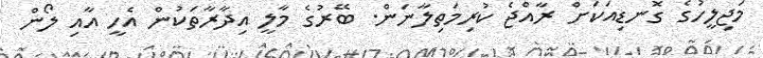
މަޖިލީހުގެ ގޮނޑިއަކަށް ރާއްޖެ ކުރިމަތިލާނަން. ބޭރުގެ މާލީ އިދާރާތަކުން އެހީ އާއި ލޯން